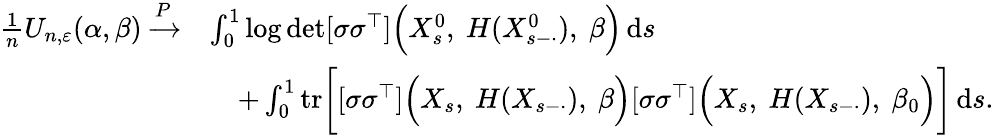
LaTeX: \begin{array}{rl}{\frac{1}{n}U_{n,\varepsilon}(\alpha,\beta)\xrightarrow{P}}&{\int_{0}^{1}\log\operatorname*{det}[\sigma\sigma^{\top}]\Bigl(X_{s}^{0},~H(X_{s-\cdot}^{0}),~\beta\Bigr)\, \mathrm{d}s}\\ &{\quad+\int_{0}^{1}\mathrm{tr}\bigg[[\sigma\sigma^{\top}]\Bigl(X_{s},~H(X_{s-\cdot}),~\beta\Bigr)[\sigma\sigma^{\top}]\Bigl(X_{s},~H(X_{s-\cdot}),~\beta_{0}\Bigr)\bigg]\, \mathrm{d}s.}\end{array}